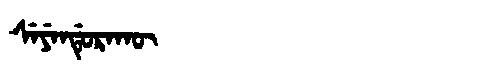
Manchu: ᠰᡝᠶᡝᠨᡩᡠᡵᠠᡴᡡ
Romanization: SEYENDURAKŪ